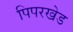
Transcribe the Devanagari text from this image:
पिपरखेड